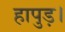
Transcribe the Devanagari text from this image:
हापुड़।